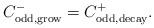
LaTeX: \begin{align*}C_{\rm odd, grow}^- = C_{\rm odd, decay}^+.\end{align*}